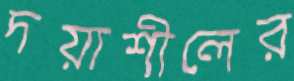
দয়াশীলের